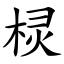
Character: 棂